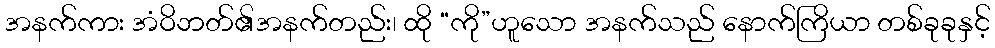
အနက်ကား အံဝိဘတ်၏အနက်တည်း၊ ထို “ကို”ဟူသော အနက်သည် နောက်ကြိယာ တစ်ခုခုနှင့်